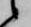
候